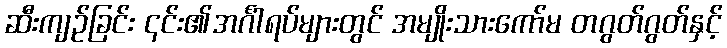
ဆီးကျဉ်ခြင်း ၎င်း၏အင်္ဂါရပ်များတွင် အမျိုးသားကော်မ တဂွတ်ဂွတ်နှင့်